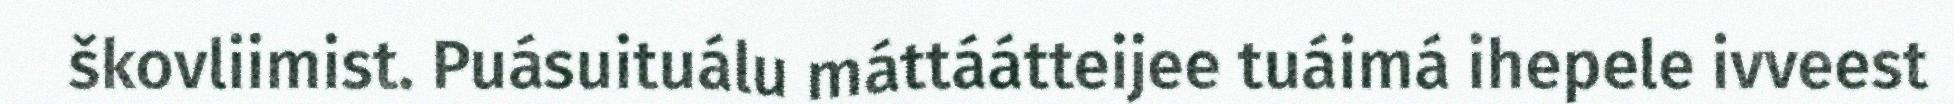
škovliimist. Puásuituálu máttáátteijee tuáimá ihepele ivveest